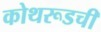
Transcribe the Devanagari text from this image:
कोथरूडची